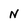
Character: N